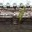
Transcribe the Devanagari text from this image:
षे